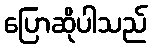
ပြောဆိုပါသည်